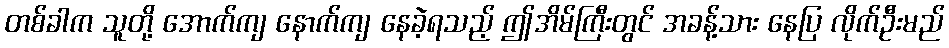
တစ်ခါက သူတို့ အောက်ကျ နောက်ကျ နေခဲ့ရသည့် ဤအိမ်ကြီးတွင် အခန့်သား နေပြ လိုက်ဦးမည်